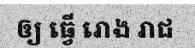
ឲ្យ ធ្វើ រោង រាជ